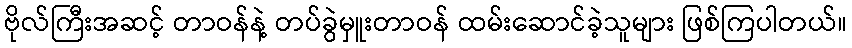
ဗိုလ်ကြီးအဆင့် တာဝန်နဲ့ တပ်ခွဲမှူးတာဝန် ထမ်းဆောင်ခဲ့သူများ ဖြစ်ကြပါတယ်။